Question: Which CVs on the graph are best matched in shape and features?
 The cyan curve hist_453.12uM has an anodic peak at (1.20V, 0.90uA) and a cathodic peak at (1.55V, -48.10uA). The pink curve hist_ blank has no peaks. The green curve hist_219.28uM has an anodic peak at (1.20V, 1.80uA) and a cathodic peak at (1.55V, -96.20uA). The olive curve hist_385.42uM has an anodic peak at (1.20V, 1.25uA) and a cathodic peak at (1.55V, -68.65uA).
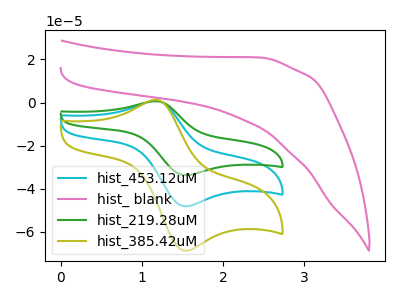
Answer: <think>"hist_453.12uM" and "hist_ blank" have a different number of peaks. All the peaks in "hist_453.12uM" have a peak in "hist_219.28uM" at the same potential. Every peak in "hist_453.12uM" is lower than every peak in "hist_219.28uM". All the peaks in "hist_453.12uM" have a peak in "hist_385.42uM" at the same potential. Every peak in "hist_453.12uM" is lower than every peak in "hist_385.42uM". "hist_ blank" and "hist_219.28uM" have a different number of peaks. "hist_ blank" and "hist_385.42uM" have a different number of peaks. All the peaks in "hist_219.28uM" have a peak in "hist_385.42uM" at the same potential. Every peak in "hist_219.28uM" is higher than every peak in "hist_385.42uM".
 </think>
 <answer>"hist_385.42uM", "hist_453.12uM" and "hist_219.28uM" have the same shape and are likely CV's of the same chemical.</answer>
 <eval>"hist_385.42uM" "hist_453.12uM" "hist_219.28uM"</eval>